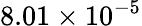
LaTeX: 8.01\times 10^{-5}